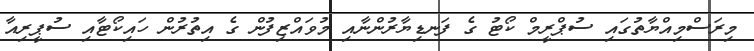
މިރަސްމިއްޔާތުގައި ސުޕްރީމް ކޯޓު ގެ ފަނޑިޔާރުންނާއި މުވައްޒިފުން ގެ އިތުރުން ހައިކޯޓާއި ސުޕީރިއާ